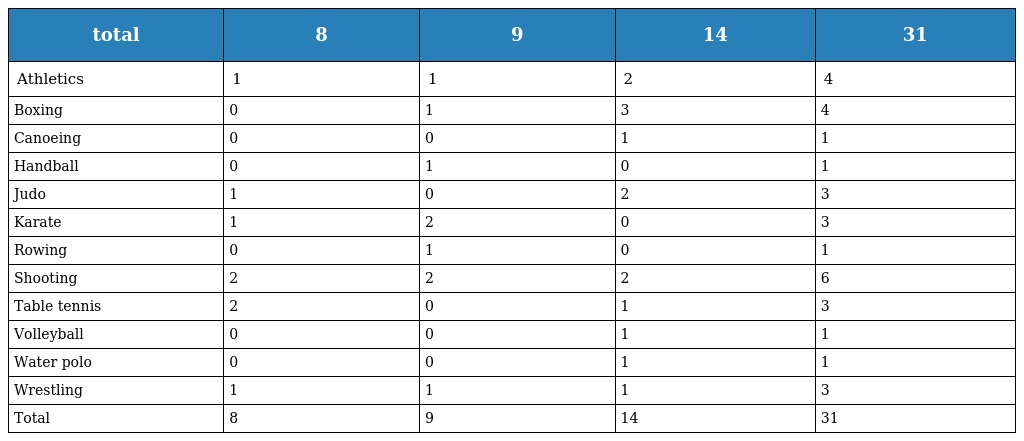
| total | 8 | 9 | 14 | 31 |
 | --- | --- | --- | --- | --- |
 | Athletics | 1 | 1 | 2 | 4 |
 | Boxing | 0 | 1 | 3 | 4 |
 | Canoeing | 0 | 0 | 1 | 1 |
 | Handball | 0 | 1 | 0 | 1 |
 | Judo | 1 | 0 | 2 | 3 |
 | Karate | 1 | 2 | 0 | 3 |
 | Rowing | 0 | 1 | 0 | 1 |
 | Shooting | 2 | 2 | 2 | 6 |
 | Table tennis | 2 | 0 | 1 | 3 |
 | Volleyball | 0 | 0 | 1 | 1 |
 | Water polo | 0 | 0 | 1 | 1 |
 | Wrestling | 1 | 1 | 1 | 3 |
 | Total | 8 | 9 | 14 | 31 |